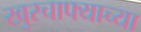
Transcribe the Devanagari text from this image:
खुरचाफ्याच्या